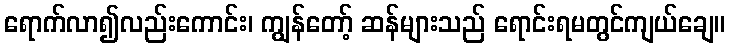
ရောက်လာ၍လည်းကောင်း၊ ကျွန်တော့် ဆန်များသည် ရောင်းရမတွင်ကျယ်ချေ။